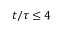
t / \tau \le 4